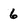
Character: 6